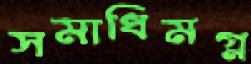
সমাধিমগ্ন